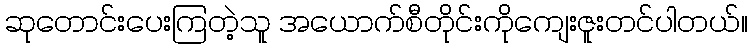
ဆုတောင်းပေးကြတဲ့သူ အယောက်စီတိုင်းကိုကျေးဇူးတင်ပါတယ်။